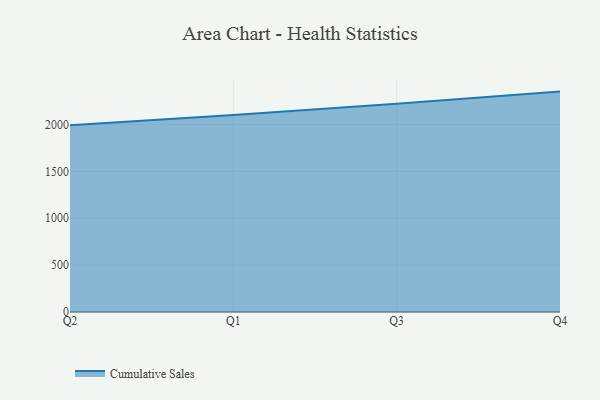
{"axis": {"x": "Quarter", "y": "Energy Usage (MWh)"}, "legend": ["Cumulative Sales"], "data": [{"x": "Q2", "y": 1992.4, "type": "Cumulative Sales"}, {"x": "Q1", "y": 2099.6, "type": "Cumulative Sales"}, {"x": "Q3", "y": 2221.4, "type": "Cumulative Sales"}, {"x": "Q4", "y": 2350.3, "type": "Cumulative Sales"}]}